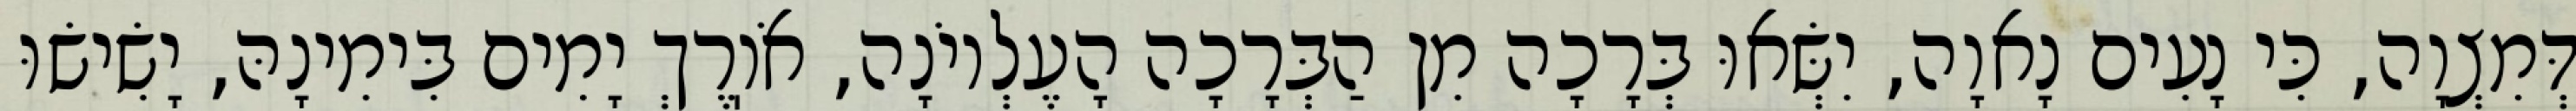
דְּמִצְוָה, כִּי נָעִים נָאוָה, יִשְּׂאוּ בְּרָכָה מִן הַבְּרָכָה הָעֶלְיוֹנָה, אֹוֽרֶךְ יָמִים בִּימִינָהּ, יָשִׂישׂוּ